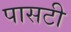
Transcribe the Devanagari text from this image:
पासटी